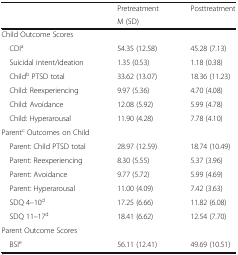
<table><thead><tr><td rowspan="2"></td><td><b>Pretreatment</b></td><td><b>Posttreatment</b></td></tr><tr><td><b>M (SD)</b></td><td></td></tr></thead><tbody><tr><td colspan="3">Child Outcome Scores</td></tr><tr><td> CDI<sup>a</sup></td><td>54.35 (12.58)</td><td>45.28 (7.13)</td></tr><tr><td> Suicidal intent/ideation</td><td>1.35 (0.53)</td><td>1.18 (0.38)</td></tr><tr><td> Child<sup>b</sup> PTSD total</td><td>33.62 (13.07)</td><td>18.36 (11.23)</td></tr><tr><td> Child: Reexperiencing</td><td>9.97 (5.36)</td><td>4.70 (4.08)</td></tr><tr><td> Child: Avoidance</td><td>12.08 (5.92)</td><td>5.99 (4.78)</td></tr><tr><td> Child: Hyperarousal</td><td>11.90 (4.28)</td><td>7.78 (4.10)</td></tr><tr><td colspan="3">Parent<sup>c</sup> Outcomes on Child</td></tr><tr><td> Parent: Child PTSD total</td><td>28.97 (12.59)</td><td>18.74 (10.49)</td></tr><tr><td> Parent: Reexperiencing</td><td>8.30 (5.55)</td><td>5.37 (3.96)</td></tr><tr><td> Parent: Avoidance</td><td>9.77 (5.72)</td><td>5.99 (4.69)</td></tr><tr><td> Parent: Hyperarousal</td><td>11.00 (4.09)</td><td>7.42 (3.63)</td></tr><tr><td> SDQ 4–10<sup>d</sup></td><td>17.25 (6.66)</td><td>11.82 (6.08)</td></tr><tr><td> SDQ 11–17<sup>d</sup></td><td>18.41 (6.62)</td><td>12.54 (7.70)</td></tr><tr><td colspan="3">Parent Outcome Scores</td></tr><tr><td> BSI<sup>e</sup></td><td>56.11 (12.41)</td><td>49.69 (10.51)</td></tr></tbody></table>